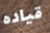
قياده